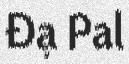
Đạ Pal